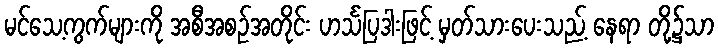
မင်သေ့ကွက်များကို အစီအစဉ်အတိုင်း ဟင်္သပြဒါးဖြင့် မှတ်သားပေးသည့် နေရာ တို့၌သာ